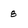
Character: 8